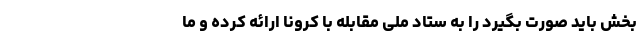
بخش باید صورت بگیرد را به ستاد ملی مقابله با کرونا ارائه کرده و ما